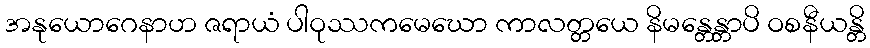
အနုယောဂေနာဟ ဇရာယံ ပါဝုဿကမေဃော ကာလတ္တယေ နိမန္တေန္တာပိ ဝစနီယန္တိ